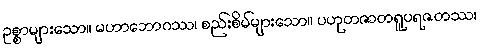
ဥစ္စာများသော။ မဟာဘောဂဿ၊ စည်းစိမ်များသော။ ပဟုတဇာတရူပရဇတဿ၊